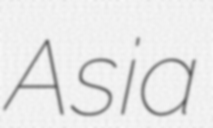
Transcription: Asia